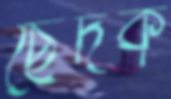
ছেদক